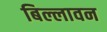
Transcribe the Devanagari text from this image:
बिल्लावन